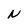
Character: N